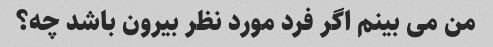
من می بینم اگر فرد مورد نظر بیرون باشد چه؟